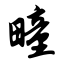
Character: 疃